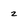
Character: z